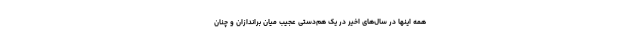
همه اینها در سال‌های اخیر در یک هم‌دستی عجیب میان براندازان و چنان